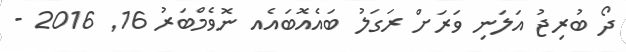
ދޯ ބުރިޖު އަލަނި ވަރަށް ރަގަލު ބައެއޮބައެއ ނޮވެމްބަރު 16